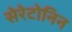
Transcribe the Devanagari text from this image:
सेरेटोनिन